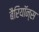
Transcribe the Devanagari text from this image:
बैरियॉन्स